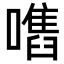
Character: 𡁫